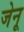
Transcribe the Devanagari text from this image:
जेनू